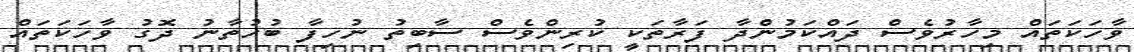
ވާހަކަތައް މިހާރުވެސް ދައްކަމުންދާ ފަރާތަކީ ކުރިންވެސް ސާބިތު ނުހިފާ ބުހުތާނު ދޮގު ވާހަކަތައް